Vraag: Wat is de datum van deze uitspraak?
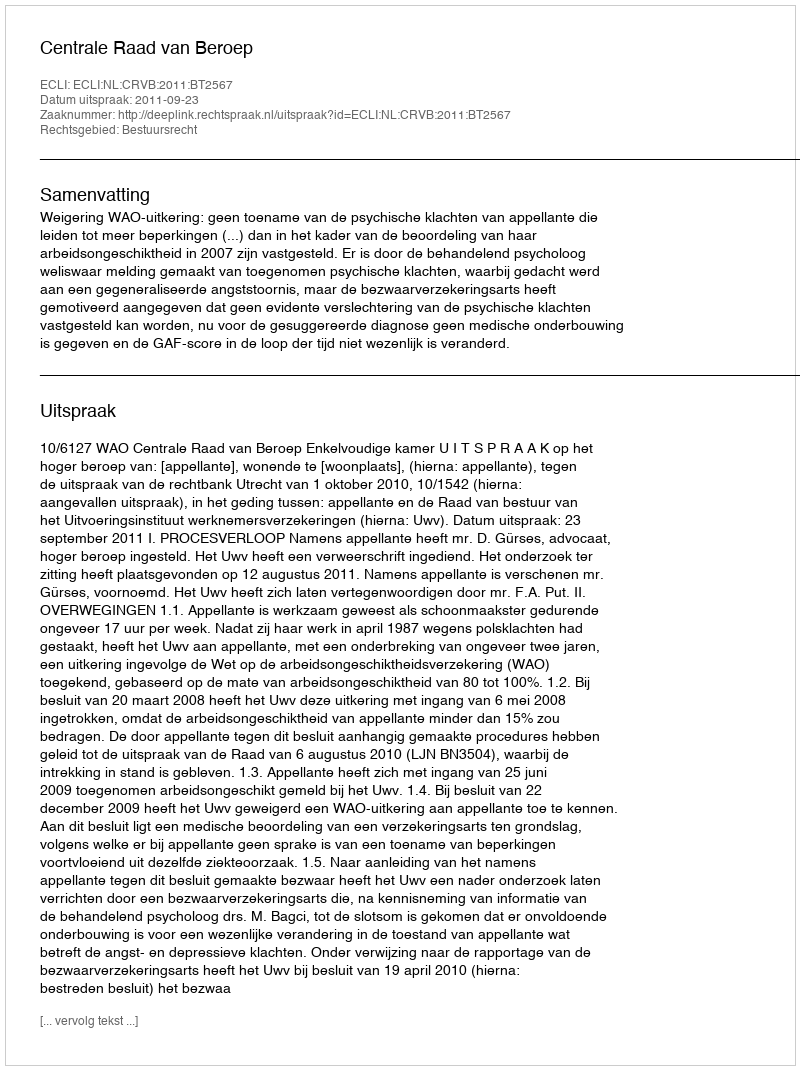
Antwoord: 2011-09-23